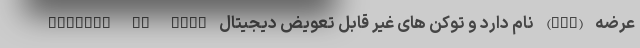
luables by Cent نام دارد و توکن های غیر قابل تعویض دیجیتال (NFT) عرضه